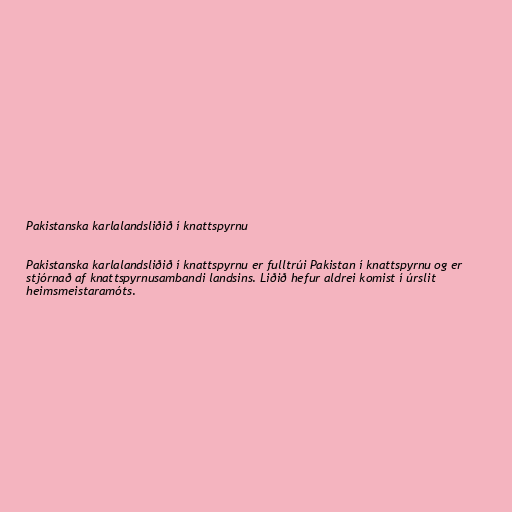
Pakistanska karlalandsliðið í knattspyrnu

Pakistanska karlalandsliðið í knattspyrnu er fulltrúi Pakistan í knattspyrnu og er
stjórnað af knattspyrnusambandi landsins. Liðið hefur aldrei komist í úrslit
heimsmeistaramóts.